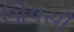
ઊપસી